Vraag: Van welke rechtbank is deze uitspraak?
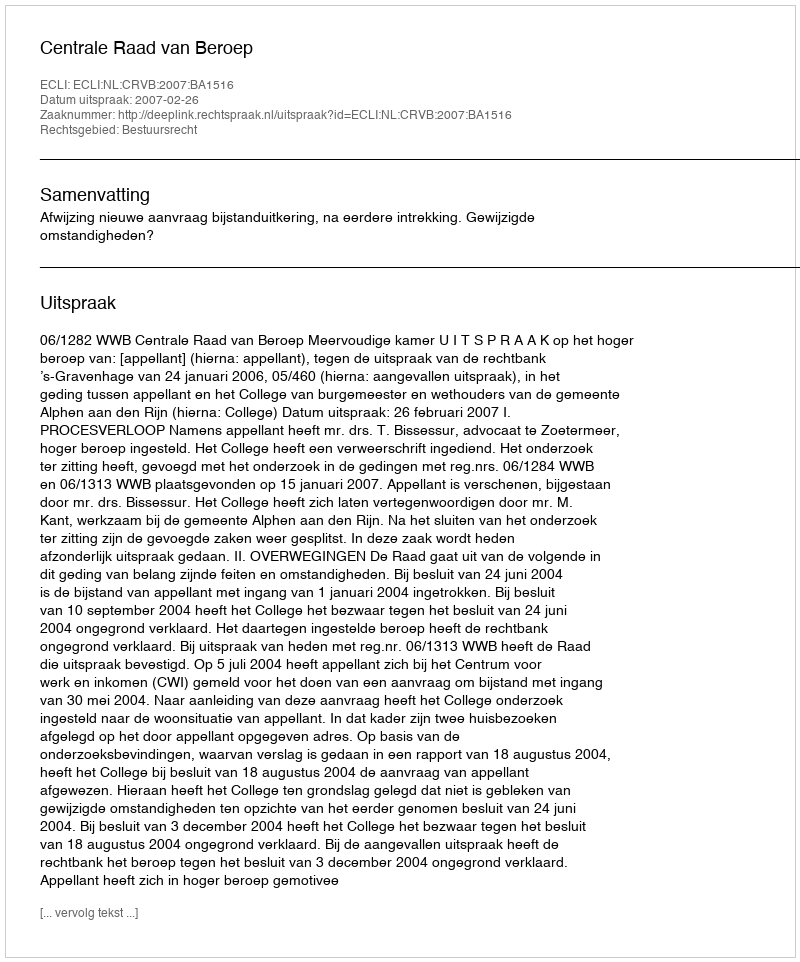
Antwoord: Centrale Raad van Beroep